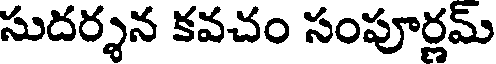
సుదర్శన కవచం సంపూర్ణమ్